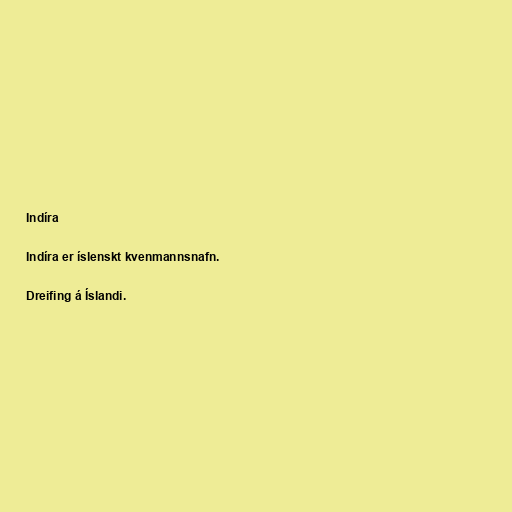
Indíra

Indíra er íslenskt kvenmannsnafn.

Dreifing á Íslandi.